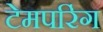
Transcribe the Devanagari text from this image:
टेमपरिंग